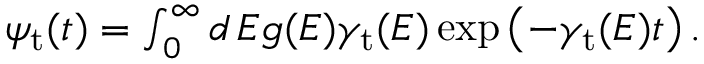
\begin{array} { r } { \psi _ { \mathrm { t } } ( t ) = \int _ { 0 } ^ { \infty } d \, E g ( E ) \gamma _ { \mathrm { t } } ( E ) \exp \left( - \gamma _ { \mathrm { t } } ( E ) t \right) . } \end{array}